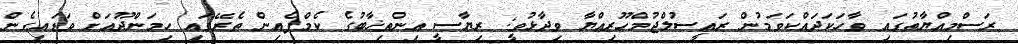
ރަސްމިއްޔާތުގައި ވާހަކަދައްކަވަމުން ރައީސުލްޖުމްހޫރިއްޔާ ވިދާޅުވީ; ރިޔާސީ އިންތިޚާބުގެ ކެމްޕެއިން ތެރޭގައި ހިމަންދޫއަށް ވަޑައިގެން